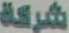
شركة